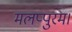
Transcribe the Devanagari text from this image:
मलप्पुरम।